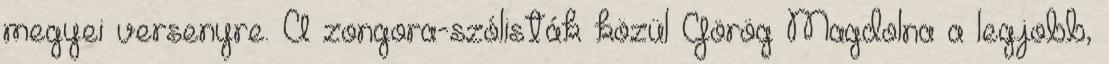
megyei versenyre. A zongora-szólisták közül Görög Magdolna a legjobb,